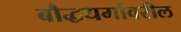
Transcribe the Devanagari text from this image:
बौद्धधर्मावरील